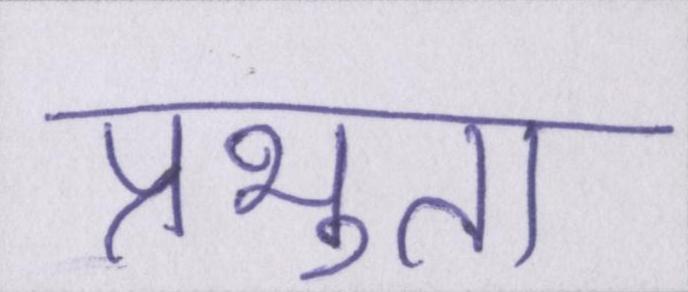
प्रभुता